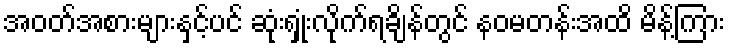
အဝတ်အစားများနှင့်ပင် ဆုံးရှုံးလိုက်ရချိန်တွင် နဝမတန်းအထိ မိန့်ကြား